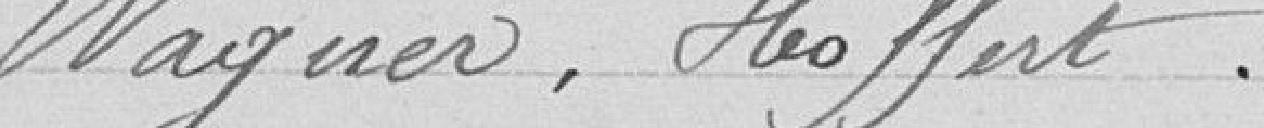
Wagner, Hoffert